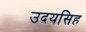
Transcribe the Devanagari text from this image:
उदयसिह